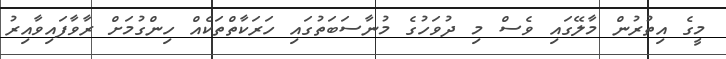
މީގެ އިތުރުން މާލޭގައި ވެސް މި ދުވަހުގެ މުނާސަބަތުގައި ހަރަކާތްތަކެއް ހިންގުމަށް ރާވާފައިވާއިރު